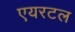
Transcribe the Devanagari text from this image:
एयरटल